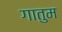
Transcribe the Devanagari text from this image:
गातुम